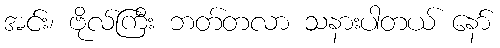
အင်း၊ ဗိုလ်ကြီး ဘတ်တလာ သနားပါတယ် နော်